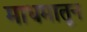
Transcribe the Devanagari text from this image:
माधमातून